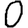
Digit: 0